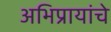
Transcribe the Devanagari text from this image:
अभिप्रायांचे